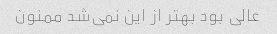
عالی بود بهتر از این نمی‌شد ممنون